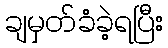
ချမှတ်ခံခဲ့ရပြီး